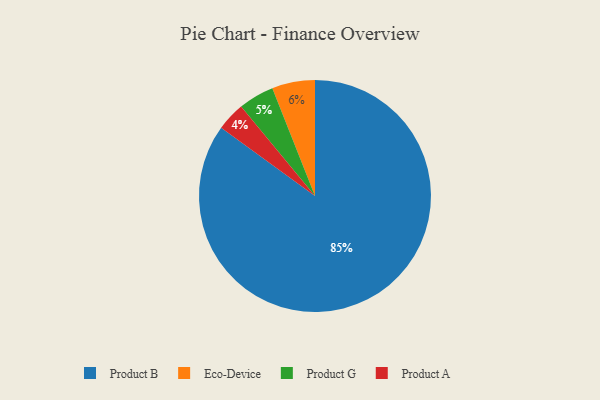
{"axis": {"x": "Category", "y": "Percentage"}, "legend": ["Eco-Device", "Product A", "Product B", "Product G"], "data": [{"x": "Product A", "y": 4, "type": "Product A"}, {"x": "Product B", "y": 85, "type": "Product B"}, {"x": "Product G", "y": 5, "type": "Product G"}, {"x": "Eco-Device", "y": 6, "type": "Eco-Device"}]}